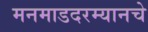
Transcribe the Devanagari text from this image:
मनमाडदरम्यानचे